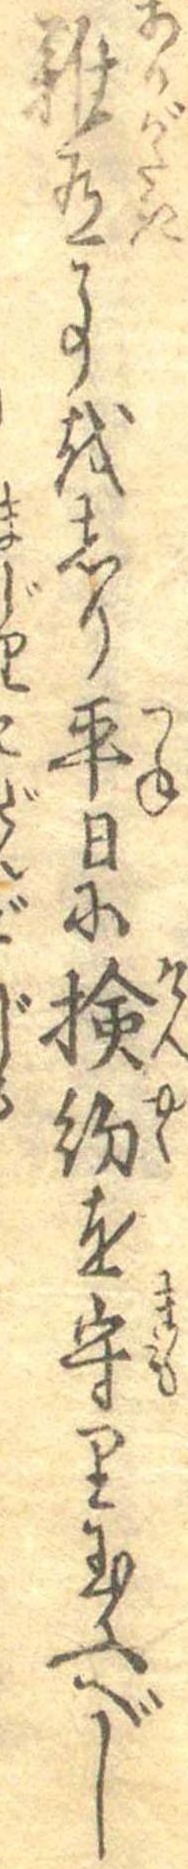
難有事をしり平日に検約を守り玉ふべし